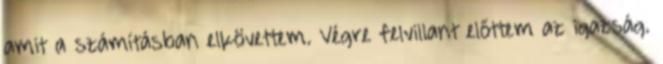
amit a számításban elkövettem. Végre felvillant előttem az igazság.